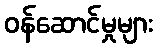
ဝန်ဆောင်မှုများ